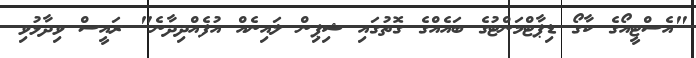
"އެސްޓީއޯގެ ކާގޯ ޑިޕާޓްމަންޓުގެ ބައެއްގެ ގޮތުގައި ޝިޕިން ލައިނެއް އުފެއްދިދާނެ" ރައީސް ވިދާޅުވި